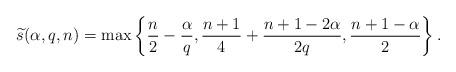
LaTeX: \begin{align*}\widetilde{s}(\alpha,q,n) = \max \left\{ \frac {n}2-\frac\alpha q, \frac{n+1}4+\frac{n+1-2\alpha}{2q},\frac{n+1-\alpha}{2} \right\}.\end{align*}